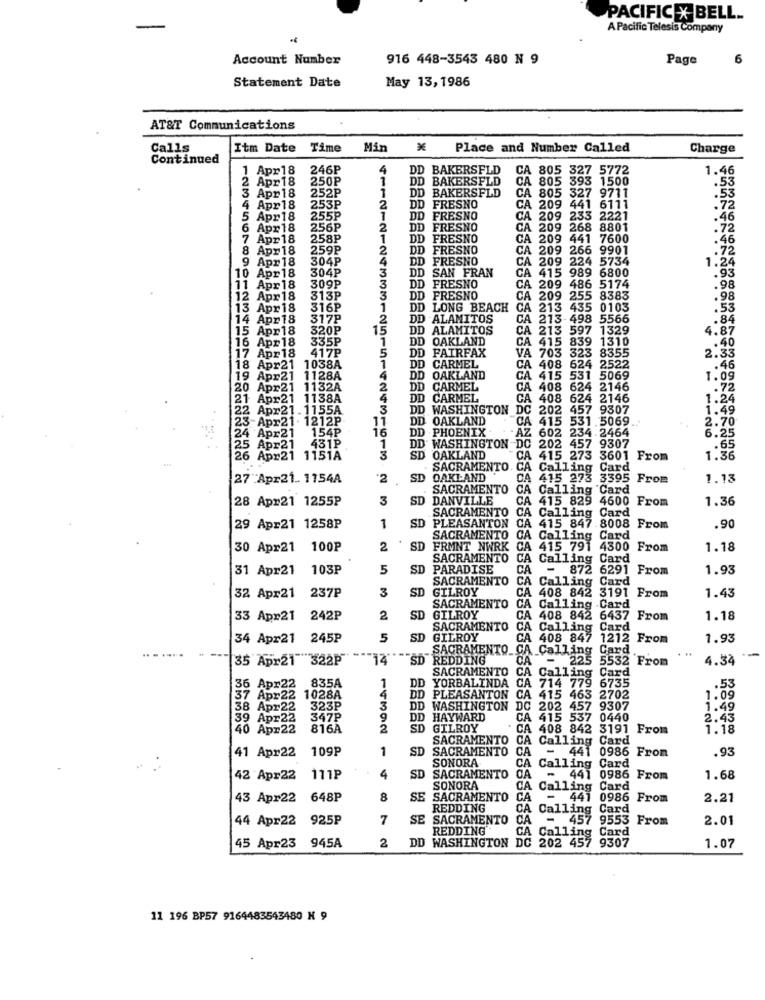
PACIFIC X BELL ..
A Pacific Telesis Company
-
Account Number
916 448-3543 480 N 9
Page
6
Statement Date
May 13, 1986
AT&T Communications
Calls
Itm Date Time
Min
Place and Number Called
Charge
Continued
Apr 18
246P
4
DD BAKERSFLD
CA 805 327 5772
1.46
2 Apr18
250₽
DD BAKERSFLD
A 805 393 1500
.53
3 Apr 18
1
DD BAKERSFLD
252P
CA 805 327 9711
.53
4 Apr18
253P
2
D FRESNO
CA 209 441 6111
.72
5 Apr18
255P
1
DD FRESNO
CA 209
233 2221
.46
6 Apr18
256P
2
DD
FRESNO
209
268 8801
.72
7 Apr18
258P
1
DD
FRESNO
CA 209
441 7600
.46
8 Apr 18
259P
2
DD FRESNO
CA 209
266 9901
.72
9 Apr 18
304P
DD FRESNO
CA 209
224 5734
1.24
10 Apr18
304P
4
3
DD SAN FRAN
GELBSSSSSS
.93
CA 415 989 6800
.98
11 Apr18
309P
3
DD FRESNO
CA 209
486 5174
12 Apr18
313P
3
DD FRESNO
CA 209
255 8383
.98
13 Apr 18
316P
1
DD
DD LONG BEACH
CA
213
435 0103
53
14 Apr18
317P
2
DD ALAMITOS
CA 213-498 5566
.84
15 Apr18
320P
15
DD ALAMITOS
CA 213
597
1329
4.87
16 Apr18
335P
DD
OAKLAND
CA 415 839 1310
.40
417P
5
DD FAIRFAX
VA 703
2.33
17 Apr18
323 8355
18 Apr21 1038A
1
DD
CARMEL
CA 408 624 2522
.46
19 Apr21 1128A
4
DD
OAKLAND
A 415
531 5069
1.09
20 Apr21 1132A
2
DD
DD CARMEL
CA 408 624 2146
.72
21 Apr21 1138A
4
DD CARMEL
CA 408
624 2146
1.24
22 Apr21. 1155A
3
DD WASHINGTON DC 202
457 9307
1.49
3 Apr21 . 1212P.
11
DD OAKLAND
CA 415
531.5069 ...
2.70
154P
16
24 Apr21
DD -PHOENIX
DD
AZ
4.2464
6.25
5 Apr21 431P
1
WASHINGTON D
C 202
457 9307
.65
26 Apr21 1151A
SD
OAKLAND
CA 415 273 3601 From
1.36
SACRAMENTO
CA Calling Card
27 Apr21 .. 1154A
*2
SD
OAKLAND
415 273 3395 From
1.13
SACRAMENTO
CA
Calling Card
28 Apr21 1255P
3
SD
DANVILLE
CA
415 829 4600 From
1.36
SACRAMENTO
CA
Calling
Card
SD
PLEASANTON
CA
415 847.8008
.90
29 Apr21 1258P
1
8008 From
SACRAMENTO
CA Calling Card
30 Apr21
100P
2
SD
FRMNT NWRK
A 415 791 4300 From
1.18
SACRAMENTO
CA
Calling Card
31 Apr21
103P
5
SD
PARADISE
CA
- 872 6291 From
1.93
SACRAMENTO
CA
Calling Card
3
SD
GILROY
32 Apr21
237P
A 408 842 3191 From
1.43
SACRAMENTO
CA Calling Card
33 Apr21
242P
2
SD
GILROY
CA 408 842 6437 From
1.18
SACRAMENTO
CA Calling Card
34 Apr21 245P
5
SD
GILROY
CA 408 847 1212
From
1.93
SACRAMENTO CA Calling
Card
. ..
35 Apr21 322P"
SD REDDING
CA - 225 5532 From
4.34
SACRAMENTO
835A
1
CA Calling Card
36 Apr22
DD
YORBALINDA
CA 714 779 6735
.53
37 Apr22 1028A
DD PLEASANTON CA 415 463 2702
1.09
38 Apr22
323₽
3
DD
WASHINGTON
9307
1.49
39 Apr22
347P
9
DD
HAYWARD
CA 415 537 0440
2.43
40 Apr22
816A
2
SD
GILROY
CA 408 842 3191 From
1.18
SACRAMENTO CA Calling Card
41 Apr22
109P
1
SD
SACRAMENTO
CA
- 441 0986 From
.93
SONORA
CA
Calling Card
42 Apr22
111P
4
SD
SACRAMENTO
CA
- 441 0986 From
1.68
SONORA
CA
Calling Card
43 Apr22
648P
8
SE
SACRAMENTO
CA
- 441 0986 From
2.21
REDDING
CA
Calling Card
44 Apr22 925P
7
SE
SACRAMENTO
CA - 457 9553 From
2.01
REDDING'
CA Calling Card
45 Apr23 945A
DD WASHINGTON DC 202 457
9307
2
1.07
11 196 BP57 9164483543480 K 9